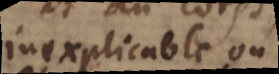
inexplicable ou